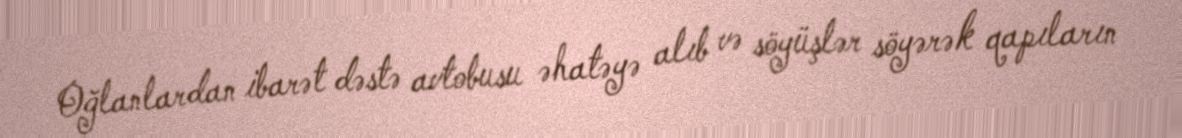
Oğlanlardan ibarət dəstə avtobusu əhatəyə alıb və söyüşlər söyərək qapıların